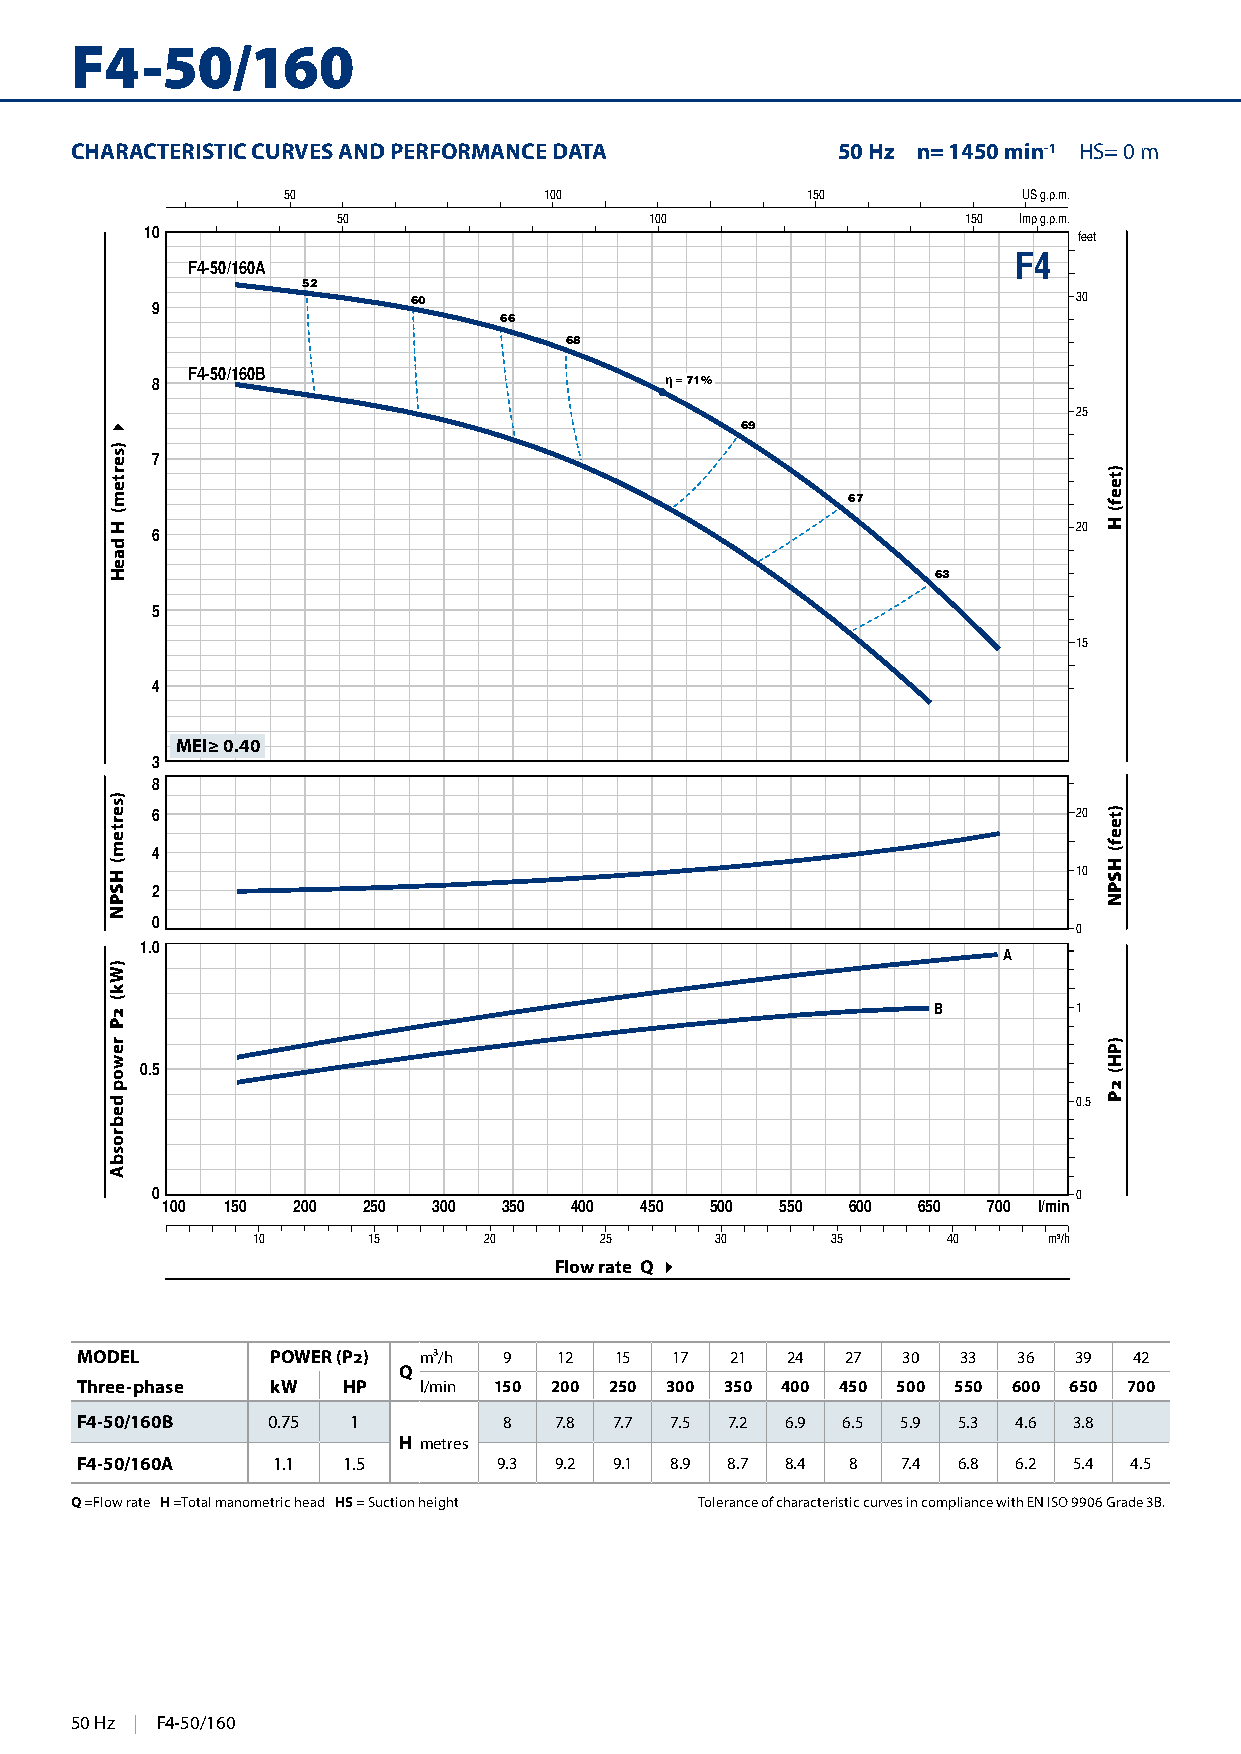
F4-50/160
 CHARACTERISTIC CURVES AND PERFORMANCE DATA        50 Hz n= 1450 min-1 HS= 0 m
 50               100              150            US g.p.m.
 50                   100                  150 Imp g.p.m.
 10                                                           feet
 F4
 F4-50/160A
 52
 9                60                                          30
 66
 68
 F4-50/160B
 8                                 η = 71%
 25
 69
 7
 67
 20
 6
 63
 5
 15
 4
 MEI≥ 0.40
 3
 8
 6                                                            20
 4
 10
 2
 0
 0
 1.0
 A
 B        1
 0.5
 0.5
 0                                                            0
 100 150 200  250  300 350  400 450  500  550 600  650 700 l/min
 10     15      20      25     30      35      40    m³/h
 Flow rate Q 4
 MODEL        POWER (P2) m³/h 9  12  15 17  21  24  27  30  33 36  39  42
 Q
 Three-phase  kW   HP   l/min 150 200 250 300 350 400 450 500 550 600 650 700
 F4-50/160B   0.75 1         8   7.8 7.7 7.5 7.2 6.9 6.5 5.9 5.3 4.6 3.8
 H metres
 F4-50/160A   1.1  1.5       9.3 9.2 9.1 8.9 8.7 8.4 8  7.4 6.8 6.2 5.4 4.5
 Q =Flow rate H =Total manometric head HS = Suction height Tolerance of characteristic curves in compliance with EN ISO 9906 Grade 3B.
 25002 Hz | F4-50/160
 4
 )sertem(
 H
 daeH
 )sertem(
 HSPN
 )Wk(
 2P
 rewop
 debrosbA
 )teef(
 H
 )teef(
 HSPN
 )PH(
 2P